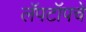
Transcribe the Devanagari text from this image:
लॅपटॉपचे